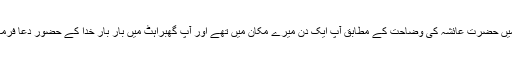
انہی ایام میں حضرت عائشہؓ کی وضاحت کے مطابق آپؐ ایک دن میرے مکان میں تھے اور آپؐ گھبراہٹ میں بار بار خدا کے حضور دعا فرماتے تھے۔